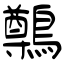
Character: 鷷